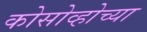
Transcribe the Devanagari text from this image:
कोसोव्होच्या